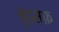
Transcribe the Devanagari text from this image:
बुदसफ़